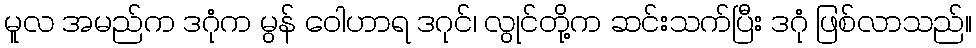
မူလ အမည်က ဒဂုံက မွန် ဝေါဟာရ ဒဂုင်၊ လွုင်တို့က ဆင်းသက်ပြီး ဒဂုံ ဖြစ်လာသည်။